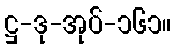
ဋ္ဌ-ဒု-အုပ်-၁၆၁။